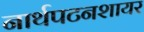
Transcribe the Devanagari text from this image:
नार्थपटनशायर